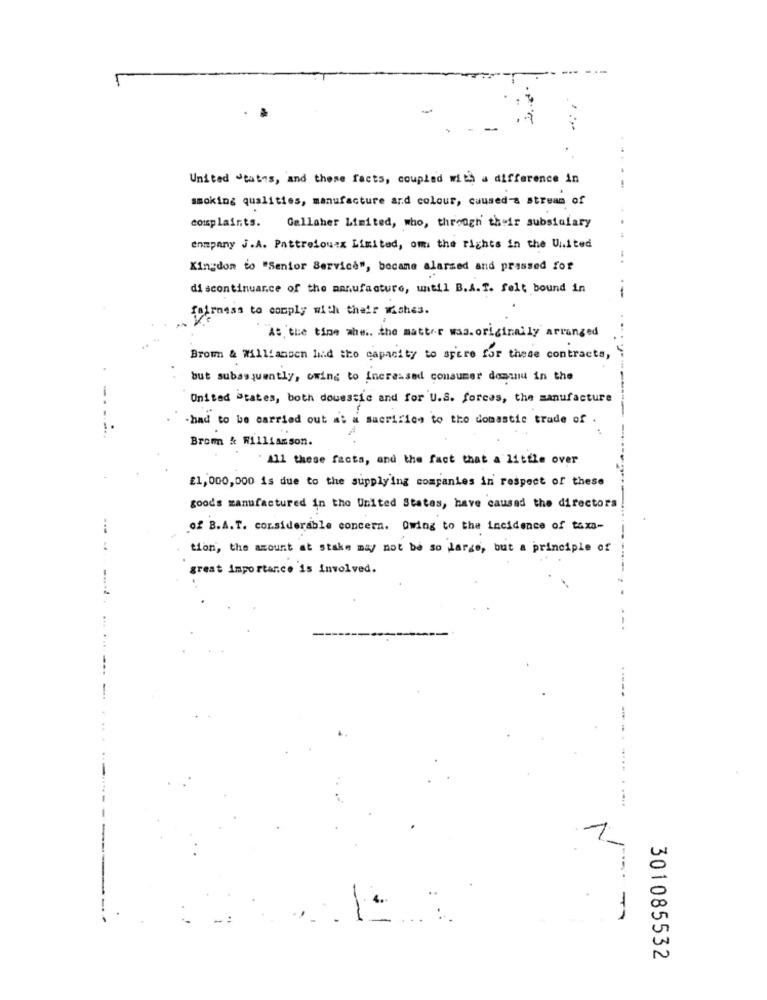
5
United states, and these facts, coupled with a difference in
smoking qualities, manufacture and colour, caused a stream of
complaints. Galloher Limited, who, through their subsidiary
enmpany J.A. Pattreiou:x Limited, om the rights in the United
Kingdom to "Senior Service", bocane alarsed and pressed for
discontinuance of the manufacture, until B.A.T. felt bound in
formass to comply with their washes .
At the tine whe .. the matter was.originally arranged
Brow & Williamsen hid the capacity to spare for these contracts ,
but subasquently, owing to increased consumer dommnu in the
United States, both douessie and for U.S. forces, the manufacture
.had to be carried out at a sacrifice to the domestic trade of .
Brom & Williamson.
" All these facts, and the fact that a little over
£1,000,000 is due to the supplying companies in respect of these
goods manufactured in the United States, have caused the directors
of B.A.T. considerable concern. Owing to the incidence of taxs-
tion, the amount at stake may not be so large, but a principle of
great importance is involved.
301085532